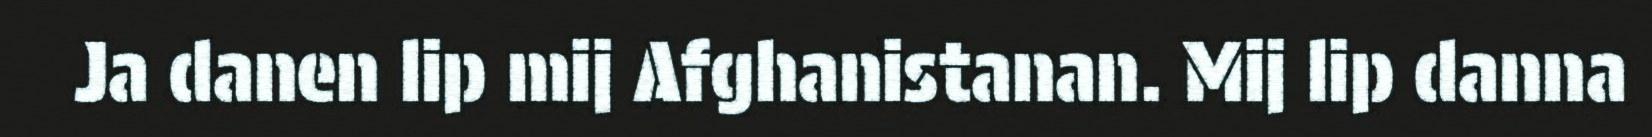
Ja danen lip mij Afghanistanan. Mij lip danna